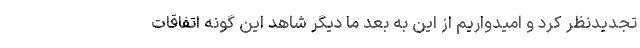
تجدیدنظر کرد و امیدواریم از این به بعد ما دیگر شاهد این گونه اتفاقات